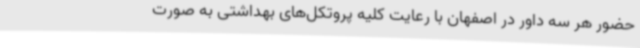
حضور هر سه داور در اصفهان با رعایت کلیه پروتکل‌های بهداشتی به صورت